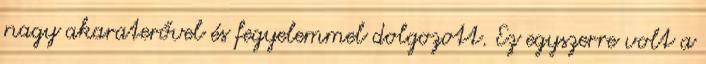
nagy akaraterővel és fegyelemmel dolgozott. Ez egyszerre volt a